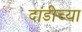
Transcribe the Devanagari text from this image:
दांडीच्या